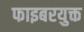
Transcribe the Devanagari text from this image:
फाइबरयुक्त